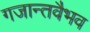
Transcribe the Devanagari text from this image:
गजान्तवैभव